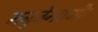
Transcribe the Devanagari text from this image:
मनुजेन्द्राणी।